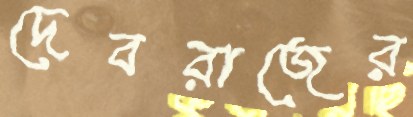
দেবরাজের